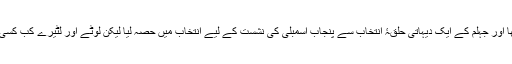
1951میں انھوں نے خار زار سیاست میں قدم رکھا اور جہلم کے ایک دیہاتی حلقۂ انتخاب سے پنجاب اسمبلی کی نشست کے لیے انتخاب میں حصہ لیا لیکن لوٹے اور لٹیرے کب کسی قابل اور با صلاحیت انسان کو آگے آنے دیتے ہیں۔